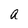
Character: a